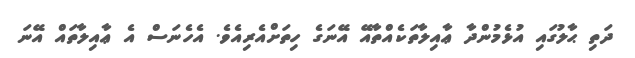
ދަތި ޙާލުގައި އުޅެމުންދާ ޢާއިލާތަކެއްތާއޭ އޭނަގެ ހިތަށްއެރިއެވެ. އެހެނަސް އެ ޢާއިލާތައް އޭނަ